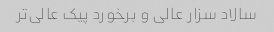
سالاد سزار عالی و برخورد پیک عالی‌تر